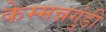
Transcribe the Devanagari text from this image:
केम्मन्नगुंडी